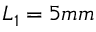
L _ { 1 } = 5 m m